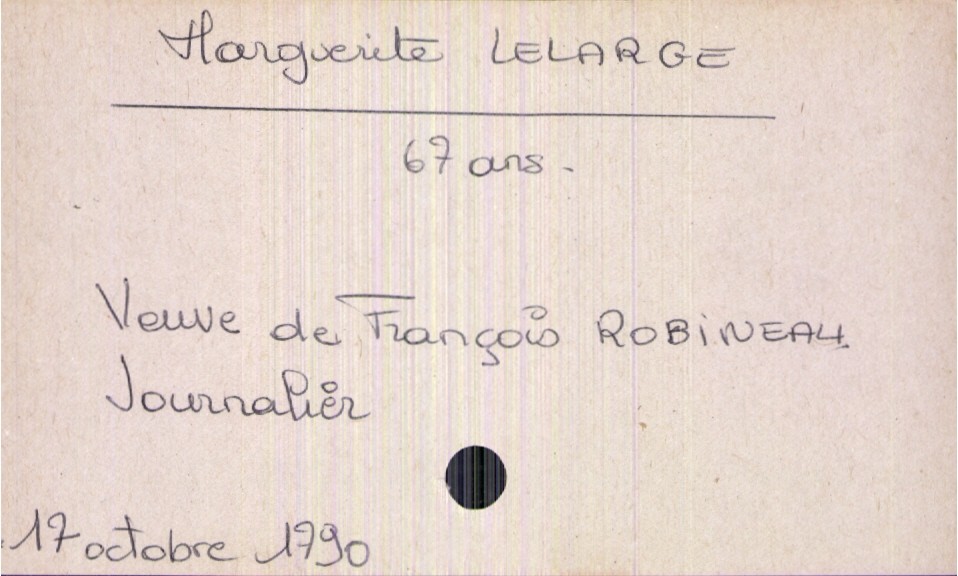
type_acte: Mariage
mère_mariée_statut: Marguerite